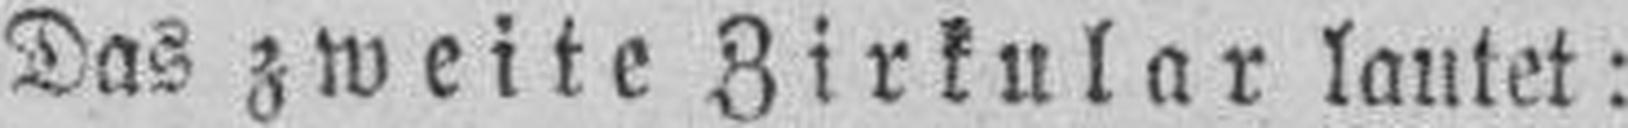
Das zweite Zirkular lautet: